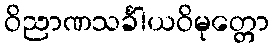
ဝိညာဏသင်္ခါယဝိမုတ္တော